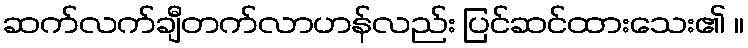
ဆက်လက်ချီတက်လာဟန်လည်း ပြင်ဆင်ထားသေး၏ ။